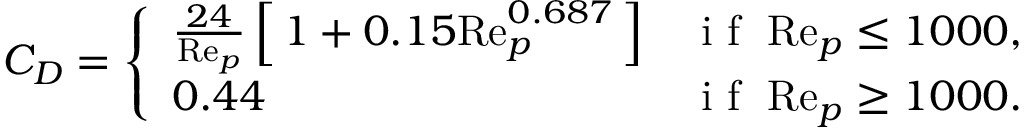
C _ { D } = \left\{ \begin{array} { l l } { \frac { 2 4 } { \mathrm { R e } _ { p } } \left[ \, 1 + 0 . 1 5 \mathrm { R e } _ { p } ^ { 0 . 6 8 7 } \, \right] } & { \mathrm { ~ i ~ f ~ } \; \mathrm { R e } _ { p } \leq 1 0 0 0 , } \\ { 0 . 4 4 } & { \mathrm { ~ i ~ f ~ } \; \mathrm { R e } _ { p } \geq 1 0 0 0 . } \end{array} \right.